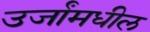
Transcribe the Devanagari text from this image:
उर्जांमधील